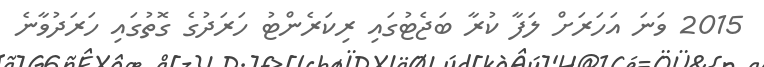
2015 ވަނަ އަހަރަށް ލަފާ ކުރާ ބަޖެޓުގައި ރިކަރެންޓު ހަރަދުގެ ގޮތުގައި ހަރަދުވާނެ